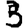
Digit: 3